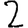
Digit: 2